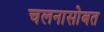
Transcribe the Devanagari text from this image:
चलनासोबत